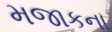
મજાકના